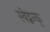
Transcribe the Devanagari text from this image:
स्वेद्बन्क्